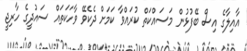
އާއިލާގެ އިސް ބޭފުޅުން މަސައްކަތް ކުރައްވާ ކަމަށް ދެކެވޭ ވާހަކަތައް ސައުދީގެ ހާރިޖީ